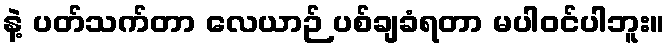
နဲ့ ပတ်သက်တာ လေယာဉ် ပစ်ချခံရတာ မပါဝင်ပါဘူး။